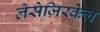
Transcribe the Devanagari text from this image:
लेसेज़िरकेल